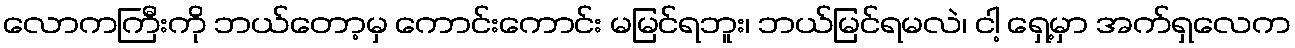
လောကကြီးကို ဘယ်တော့မှ ကောင်းကောင်း မမြင်ရဘူး၊ ဘယ်မြင်ရမလဲ၊ ငါ့ ရှေ့မှာ အက်ရှလေက